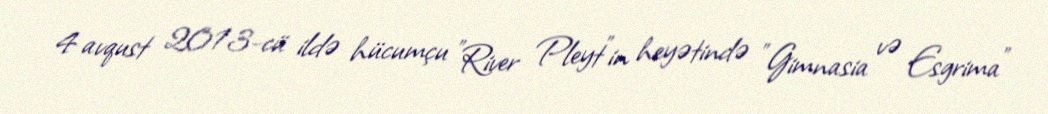
4 avqust 2013-cü ildə hücumçu "River Pleyt"in heyətində "Gimnasia və Esgrima"